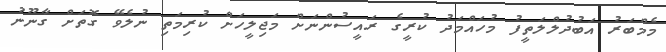
މެމްބަރު އަބުދުލްލަތީފު މުހައްމަދު ކުރީގެ ރައީސުންނަށް މަޖިލީހަށް ކުރިމަތި ނުލެވޭ ގޮތަށް ގާނޫނު